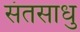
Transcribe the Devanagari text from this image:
संतसाधु